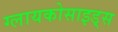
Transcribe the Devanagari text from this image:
ग्लायकोसाइड्‌स